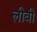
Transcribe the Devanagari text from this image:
लीबी